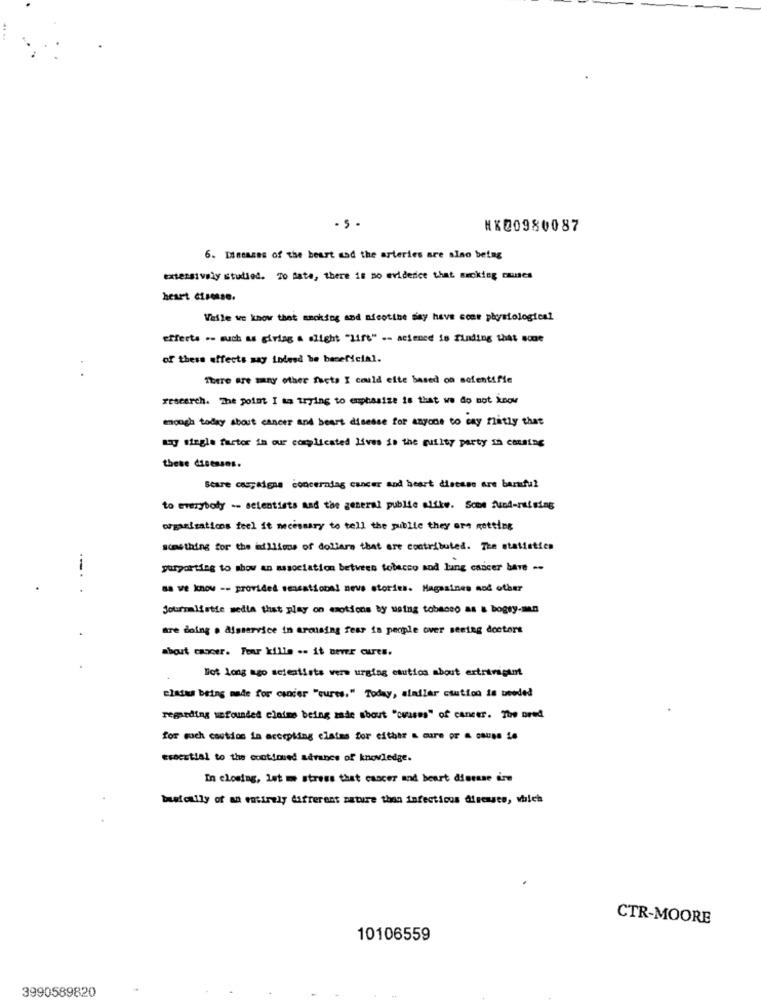
#X20980087
6. Inenses of the beast sad the arteries are also being
extensively studied. 70 fate, there is no evidence that sucking causes
heart cisense.
Valle we know that smoking and nicotine say have come physiological
effects .- such as giriag a slight "Life" .- acience is finding that sode
of these effects say indeed be beneficial.
There are many other facts I could elte based on sofentifie
research. The point I am trying to emphasize is that we do not know
enough today about cancer and heart disease for anyone to cay flatly that
any single factor in our complicated lives in the guilty party In corning
these disesses.
Scare campaigna concerndag cancer and heart disease are barnful
to everybody -- scientists and the general public alíkw. Scom fund-raising
wpasisations feel it necessary to tell the public they are getting
somthing for the dilims of dollars that are contributed. The statistics
purporting to show an association between tobacco and lung cancer bave -
as we know -- provided sensational news stories. Magasines noč other
journalistic media that play on emotions by using tobacco as a bogey-man
are doing . Alsservice in arousing fear in people over seeing doctors
shout cancer. Fear kille .. it never cures.
Biot long ago scientists vers urging esutics about extravagant
clases being made for cancer "eures." Today, siadler caution is needed
regarding unfounded claims being zade about "cvuses" of cancer. The ored
for such coutdos in accepting claims for either & cure or a cause is
esbestial to the continued advance of knowledge.
In closing, let me stress that cancer and beart dierase dire
basically of an entirely different sature than infectious diseases, which
CTR-MOORE
10106559
3990589820